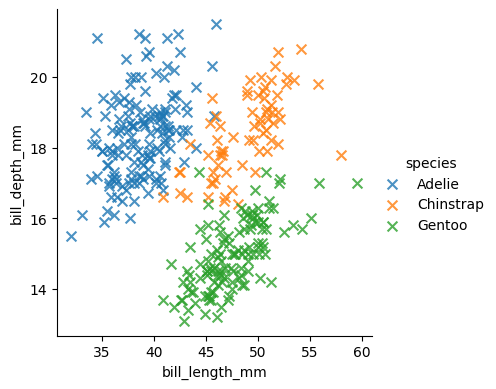
python, seaborn, lmplot, aspect=1.0, order=2, markers='x'